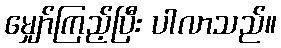
မျှော်ကြည့်ပြီး ပါလာသည်။